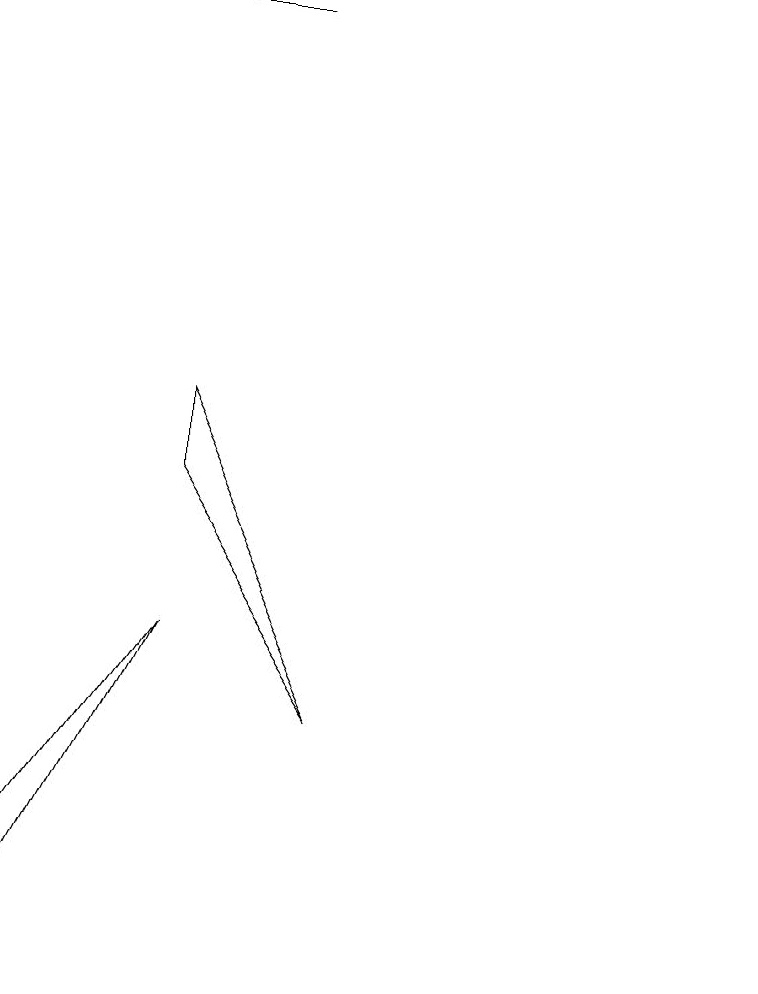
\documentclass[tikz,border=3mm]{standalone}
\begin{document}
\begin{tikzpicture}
\draw (5,4) -- (3,1) -- (3,0) -- cycle;
\draw (5,12) rectangle (6,12);
\draw (12,10) circle (0);
\draw (5,6) -- (5,7) -- (7,3) -- cycle;
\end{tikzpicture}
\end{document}